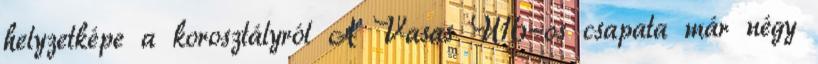
helyzetképe a korosztályról A Vasas U16-os csapata már négy